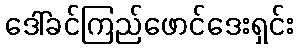
ဒေါ်ခင်ကြည်ဖောင်ဒေးရှင်း